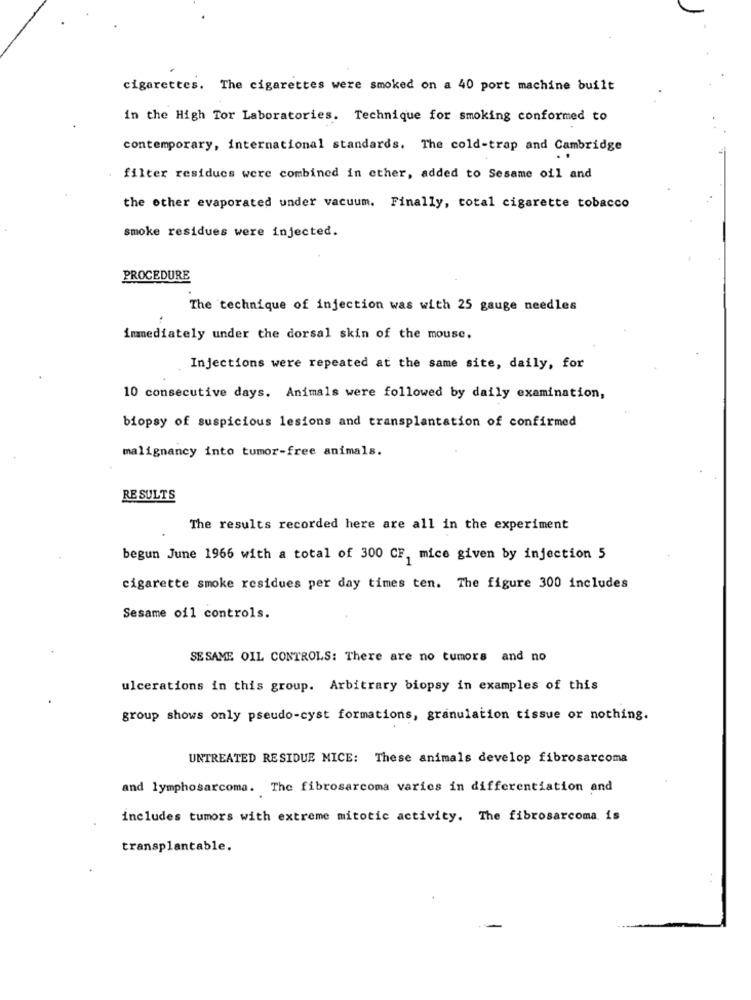
cigarettes. The cigarettes were smoked on a 40 port machine built
in the High Tor Laboratories. Technique for smoking conformed to
contemporary, international standards. The cold-trap and Cambridge
filter residues were combined in ether, added to Sesame oil and
the other evaporated under vacuum. Finally, total cigarette tobacco
smoke residues were injected.
PROCEDURE
The technique of injection was with 25 gauge needles
immediately under the dorsal skin of the mouse.
Injections were repeated at the same site, daily, for
10 consecutive days. Animals were followed by daily examination,
biopsy of suspicious lesions and transplantation of confirmed
malignancy into tumor-free animals.
RESULTS
The results recorded here are all in the experiment
begun June 1966 with a total of 300 CF, mice given by injection 5
cigarette smoke residues per day times ten. The figure 300 includes
Sesame oil controls.
SESAME OIL CONTROLS: There are no tumors and no
ulcerations in this group. Arbitrary biopsy in examples of this
group shows only pseudo-cyst formations, granulation tissue or nothing.
UNTREATED RESIDUE MICE: These animals develop fibrosarcoma
and lymphosarcoma. The fibrosarcoma varies in differentiation and
includes tumors with extreme mitotic activity. The fibrosarcoma is
transplantable.